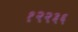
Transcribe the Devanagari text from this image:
१२२३६